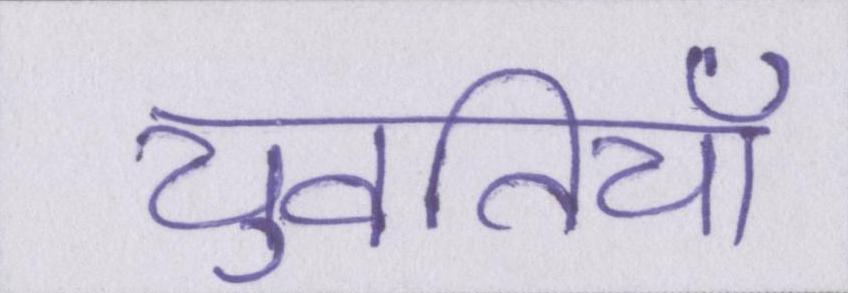
युवतियाँ